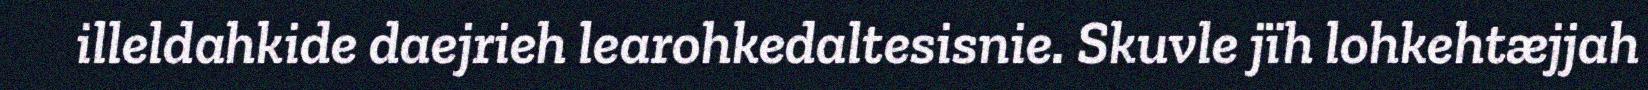
illeldahkide daejrieh learohkedaltesisnie. Skuvle jïh lohkehtæjjah